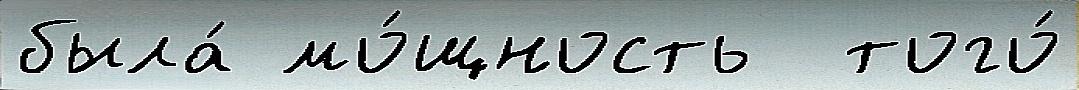
была́ мо́щность  того́